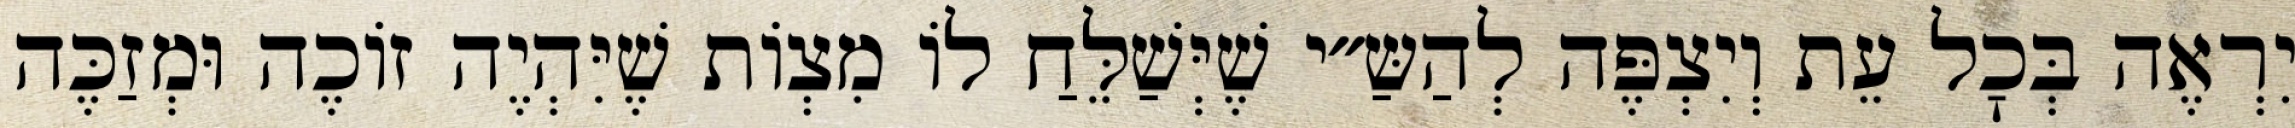
יִרְאֶה בְּכׇל עֵת וְיִצְפֶּה לְהַשַּ״י שֶׁיְּשַׁלֵּחַ לוֹ מִצְוֹת שֶׁיִּהְיֶה זוֹכֶה וּמְזַכֶּה